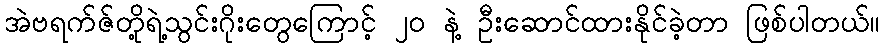
အဲဗရက်ဇ်တို့ရဲ့သွင်းဂိုးတွေကြောင့် ၂၀ နဲ့ ဦးဆောင်ထားနိုင်ခဲ့တာ ဖြစ်ပါတယ်။